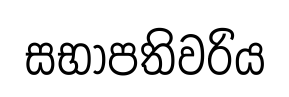
සභාපතිවරිය